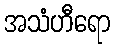
အသံဟီရော